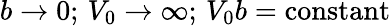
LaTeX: b\to 0;\, V_{0}\to\infty;\, V_{0}b=\mathrm{constant}